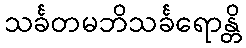
သင်္ခတမဘိသင်္ခရောန္တိ